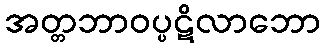
အတ္တဘာဝပ္ပဋိလာဘော